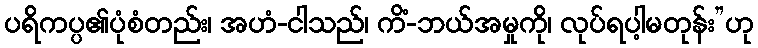
ပရိကပ္ပ၏ပုံစံတည်း၊ အဟံ-ငါသည်၊ ကိံ-ဘယ်အမှုကို၊ လုပ်ရပါ့မတုန်း”ဟု